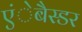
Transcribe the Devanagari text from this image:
एंेबैस्डर